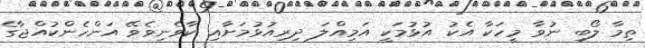
ތިމާ ލޯބި ނުވާ މީހަކާ އެކު އުޅުމަކީ އަމިއްލަ ދިރިއުޅުމަށާއި ކާވެނިވެވޭ އަންހެންކުއްޖާގެ